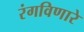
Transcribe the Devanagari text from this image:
रंगविणारे